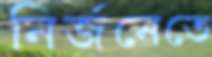
নির্জনেতে